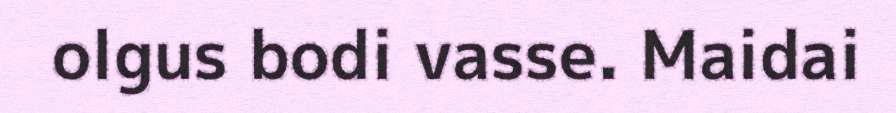
olgus bodi vasse. Maidai